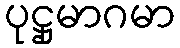
ပုဋ္ဌုမာဂမာ